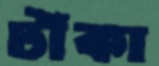
টাঁকা